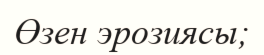
Өзен эрозиясы;